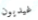
غيديون